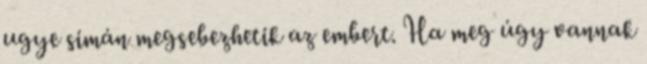
ugye simán megsebezhetik az embert. Ha meg úgy vannak